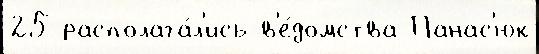
25 располага́л'ись в'е́домства Панас'юк